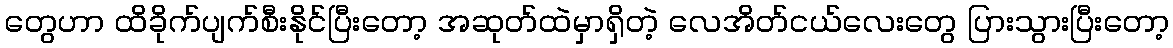
တွေဟာ ထိခိုက်ပျက်စီးနိုင်ပြီးတော့ အဆုတ်ထဲမှာရှိတဲ့ လေအိတ်ငယ်လေးတွေ ပြားသွားပြီးတော့